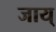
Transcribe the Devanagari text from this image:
जाय्